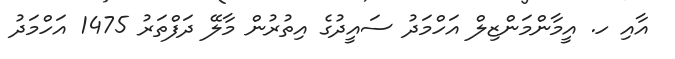
އާއި ހ. އީމާންމަންޒިލް އަހްމަދު ސައީދުގެ އިތުރުން މާލޭ ދަފްތަރު 1475 އަހްމަދު